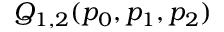
Q _ { 1 , 2 } ( p _ { 0 } , p _ { 1 } , p _ { 2 } )